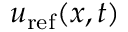
u _ { \mathrm { r e f } } ( x , t )